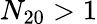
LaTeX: N_{20}>1